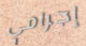
إجرامي